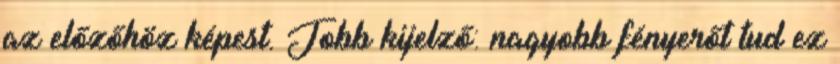
az előzőhöz képest. Jobb kijelző: nagyobb fényerőt tud ez